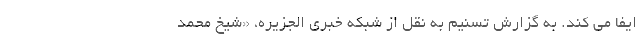
ایفا می کند. به گزارش تسنیم به نقل از شبکه خبری الجزیره، «شیخ محمد